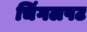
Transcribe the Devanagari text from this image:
चिंगलपट